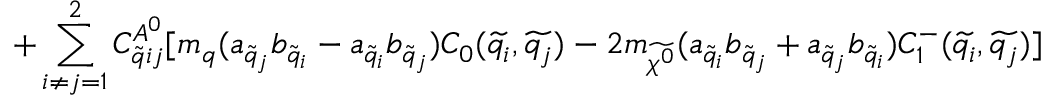
+ \sum _ { i \neq j = 1 } ^ { 2 } C _ { \widetilde { q } i j } ^ { A ^ { 0 } } [ m _ { q } ( a _ { \widetilde { q } _ { j } } b _ { \widetilde { q } _ { i } } - a _ { \widetilde { q } _ { i } } b _ { \widetilde { q } _ { j } } ) C _ { 0 } ( \widetilde { q _ { i } } , \widetilde { q _ { j } } ) - 2 m _ { \widetilde { \chi ^ { 0 } } } ( a _ { \widetilde { q } _ { i } } b _ { \widetilde { q } _ { j } } + a _ { \widetilde { q } _ { j } } b _ { \widetilde { q } _ { i } } ) C _ { 1 } ^ { - } ( \widetilde { q _ { i } } , \widetilde { q _ { j } } ) ]